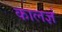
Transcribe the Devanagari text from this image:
कालज्ञं